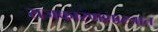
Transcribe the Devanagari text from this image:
राजकारणशास्त्रात